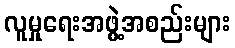
လူမှုရေးအဖွဲ့အစည်းများ